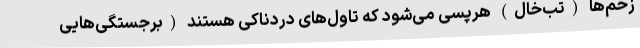
زخم‌ها (تب‌خال) هرپسی می‌شود که تاول‌های دردناکی هستند (برجستگی‌هایی